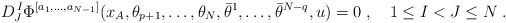
\begin{align*} D^{\,I}_{J}\Phi^{[a_1,\ldots,a_{N-1}]}(x_A,\theta_{p+1},\ldots,\theta_{N},\bar\theta^1,\ldots,\bar\theta^{N-q}, u) = 0\;, \quad 1\leq I < J \leq N\;.\end{align*}